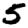
Digit: 5